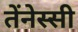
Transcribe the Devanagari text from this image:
तेंनेस्सी